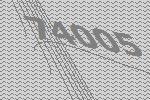
74005